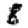
Digit: 8